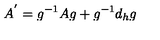
A ^ { ' } = g ^ { - 1 } A g + g ^ { - 1 } d _ { h } g